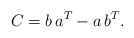
\begin{align*}C=b\, a\sp{T}- a\, b\sp{T}.\end{align*}